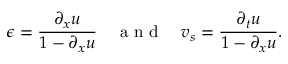
\epsilon = \frac { \partial _ { x } u } { 1 - \partial _ { x } u } \quad \mathrm { ~ a ~ n ~ d ~ } \quad v _ { s } = \frac { \partial _ { t } u } { 1 - \partial _ { x } u } .